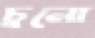
চুনো